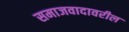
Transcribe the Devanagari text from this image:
समाजवादावरील